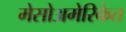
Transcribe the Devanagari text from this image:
मेसोअमेरिकेत